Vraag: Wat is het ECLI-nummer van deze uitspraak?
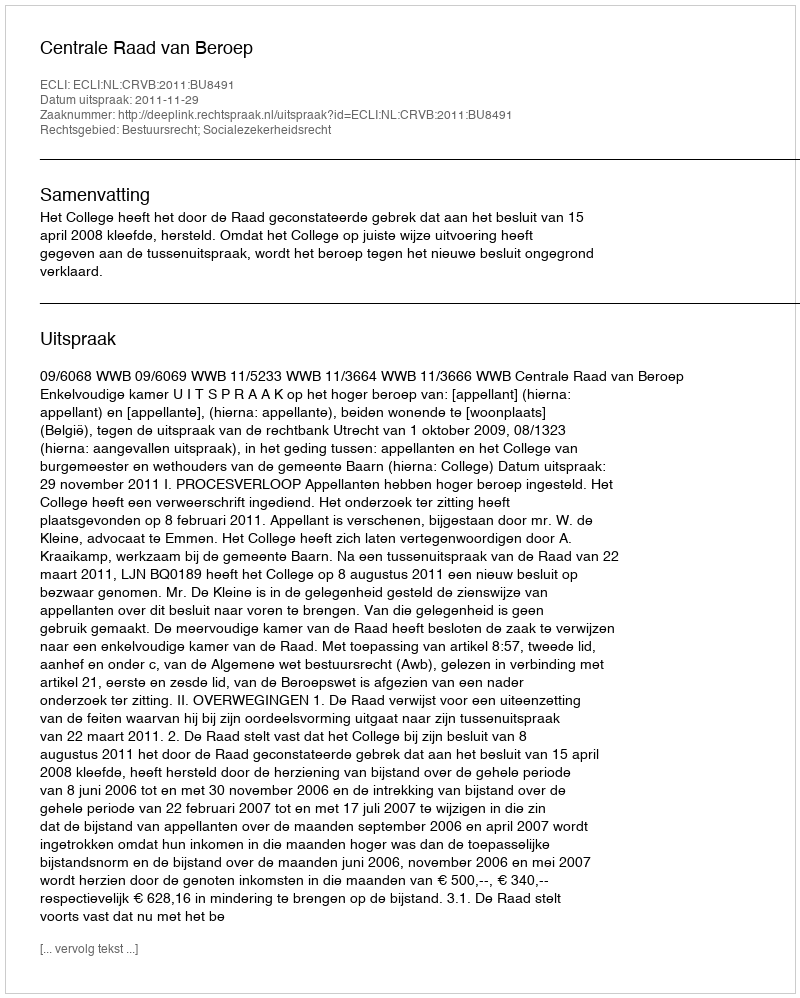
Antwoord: ECLI:NL:CRVB:2011:BU8491